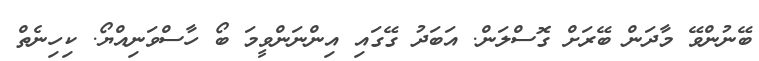
ބޭނުންވޭ މާދަން ބޭރަށް ގޮސްލަން. އަބަދު ގޭގައި އިންނަންވީމަ ބޯ ހާސްވަނިއްޔޯ. ކިހިނެތް